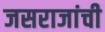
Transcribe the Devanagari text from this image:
जसराजांची